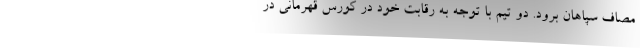
مصاف سپاهان برود. دو تیم با توجه به رقابت‌ خود در کورس قهرمانی در